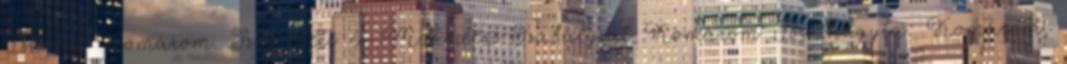
Iskola. Komárom. Szervezeti és Működési Szabályzat Komárom Jóváhagyta: Komárom,